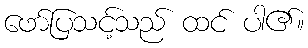
ဖော်ပြသင့်သည် ထင် ပါ၏။